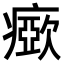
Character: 𤺘